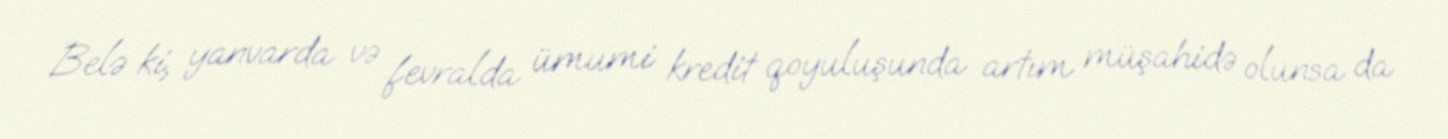
Belə ki, yanvarda və fevralda ümumi kredit qoyuluşunda artım müşahidə olunsa da